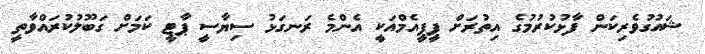
ޝައުގުވެރިކަން ފާޅުކުރުމުގެ އިތުރަށް ޕީޕީއެމްއަކީ އެންމެ ރަނގަޅު ސިޔާސީ ޕާޓީ ކަމަށް ގަބޫލުކުރައްވާތީ